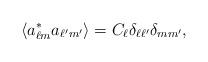
LaTeX: \begin{align*}\langle a^*_{\ell m}a_{\ell^{\prime}m^{\prime}} \rangle = C_\ell\delta_{\ell\ell^{\prime}}\delta_{mm^{\prime}},\end{align*}